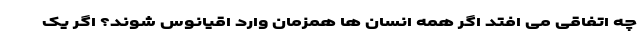
چه اتفاقی می افتد اگر همه انسان ها همزمان وارد اقیانوس شوند؟ اگر یک